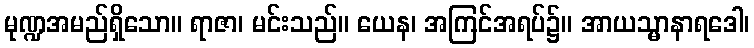
မုဏ္ဍအမည်ရှိသော။ ရာဇာ၊ မင်းသည်။ ယေန၊ အကြင်အရပ်၌။ အာယသ္မာနာရဒေါ၊